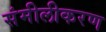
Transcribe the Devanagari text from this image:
संमीलीकरण